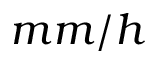
m m / h